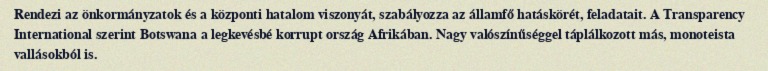
Rendezi az önkormányzatok és a központi hatalom viszonyát, szabályozza az államfő hatáskörét, feladatait. A Transparency International szerint Botswana a legkevésbé korrupt ország Afrikában. Nagy valószínűséggel táplálkozott más, monoteista vallásokból is.